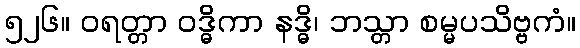
၅၂၆။ ဝရတ္တာ ဝဒ္ဓိကာ နဒ္ဓိ၊ ဘသ္တာ စမ္မပသိဗ္ဗကံ။